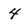
Character: 4